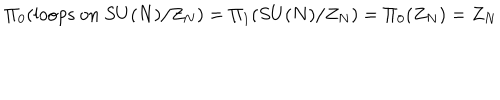
LaTeX: \Pi _ { 0 } ( \mathrm { l o o p s ~ o n } ~ S U ( N ) / Z _ { N } ) = \Pi _ { 1 } ( S U ( N ) / Z _ { N } ) = \Pi _ { 0 } ( Z _ { N } ) = Z _ { N }